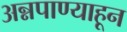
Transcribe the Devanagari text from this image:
अन्नपाण्याहून